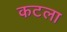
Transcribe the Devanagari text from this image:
कटला